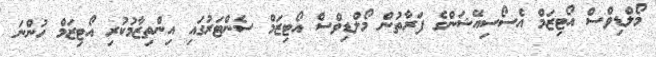
މޯލްޑިވްސް އޯޓިޒަމް އެސޯސިއޭޝަންގެ ފަރާތުން މޯލްޑިވްސް އޯޓިޒަމް ސެންޓަރުގައި އިންތިޒާމުކުރި އޯޓިޒަމް ހުންނަ